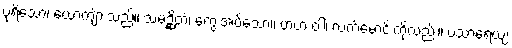
ပုရိသော၊ ယောကျ်ားသည်။ သမဉ္ဆိတံ၊ ကွေးအပ်သော။ ဗာဟံ ဝါ၊ လက်မောင်းကိုလည်း။ ပသာရေယျ